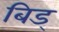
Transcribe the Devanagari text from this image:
बिड्